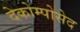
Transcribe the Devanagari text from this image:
देकोम्पोसेद